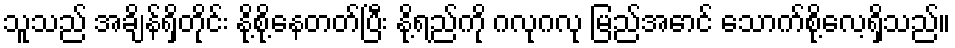
သူသည် အချိန်ရှိတိုင်း နို့စို့နေတတ်ပြီး နို့ရည်ကို ဂလုဂလု မြည်အောင် သောက်စို့လေ့ရှိသည်။